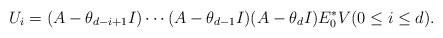
\begin{align*}U_i = (A-\theta_{d-i+1}I) \cdots (A-\theta_{d-1}I)(A-\theta_{d}I) E^*_0V (0\leq i \leq d).\end{align*}